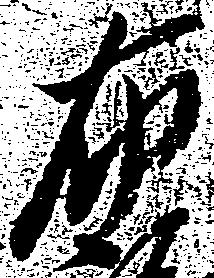
布